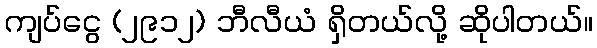
ကျပ်ငွေ (၂၉၁၂) ဘီလီယံ ရှိတယ်လို့ ဆိုပါတယ်။